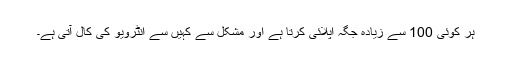
ہر کوئی 100 سے زیادہ جگہ اپلائی کرتا ہے اور مشکل سے کہیں سے انٹرویو کی کال آتی ہے۔